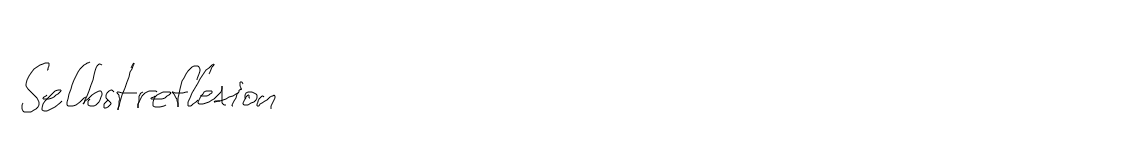
Selbstreflexion